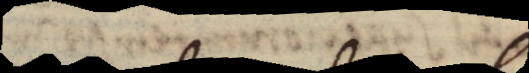
n i